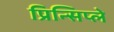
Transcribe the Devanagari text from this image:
प्रिन्सिप्ले